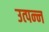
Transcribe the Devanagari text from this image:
उत्‍पन्‍न्‍ा